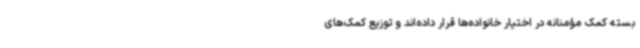
بسته کمک مؤمنانه در اختیار خانواده‌ها قرار داده‌اند و توزیع کمک‌های